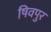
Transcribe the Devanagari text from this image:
षिवपुर